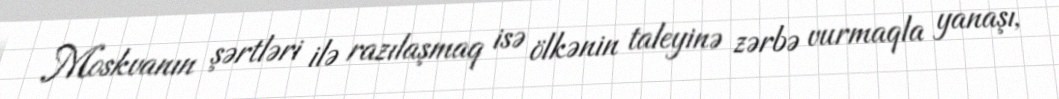
Moskvanın şərtləri ilə razılaşmaq isə ölkənin taleyinə zərbə vurmaqla yanaşı,